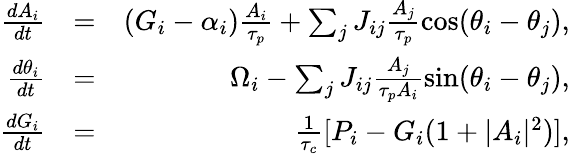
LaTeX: \begin{array}{rlr}{\frac{dA_{i}}{dt}}&{=}&{(G_{i}-\alpha_{i})\frac{A_{i}}{\tau_{p}}+\sum_{j}J_{ij}\frac{A_{j}}{\tau_{p}}\cos(\theta_{i}-\theta_{j}),}\\ {\frac{d\theta_{i}}{dt}}&{=}&{\Omega_{i}-\sum_{j}J_{ij}\frac{A_{j}}{\tau_{p}A_{i}}\sin(\theta_{i}-\theta_{j}),}\\ {\frac{dG_{i}}{dt}}&{=}&{\frac{1}{\tau_{c}}[P_{i}-G_{i}(1+|A_{i}|^{2})],}\end{array}